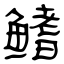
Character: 鳍